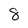
Character: 8